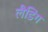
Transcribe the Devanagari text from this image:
लैडिंग